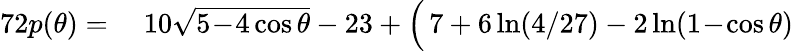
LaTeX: \begin{array}{rl}{72p(\theta)=}&{{}\; 10\sqrt{5\! -\! 4\cos\theta}-23+\Big(\, 7+6\ln(4/27)-2\ln(1\! -\! \cos\theta)}\end{array}